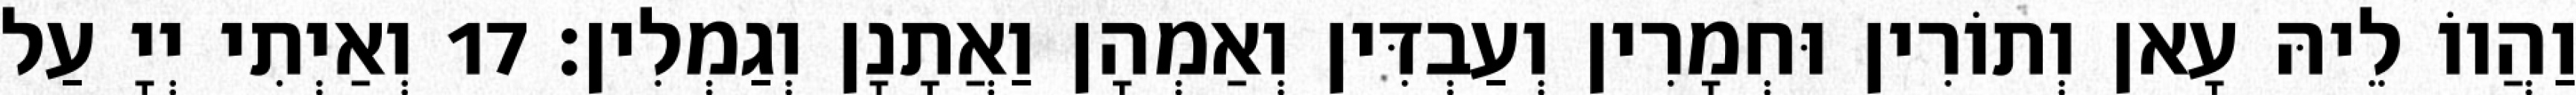
וַהֲווֹ לֵיהּ עָאן וְתוֹרִין וּחְמָרִין וְעַבְדִּין וְאַמְהָן וַאֲתָנָן וְגַמְלִין׃ 17 וְאַיְתִי יְיָ עַל